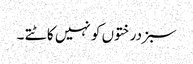
سبزدرختوں کو نہیں کاٹتے ۔